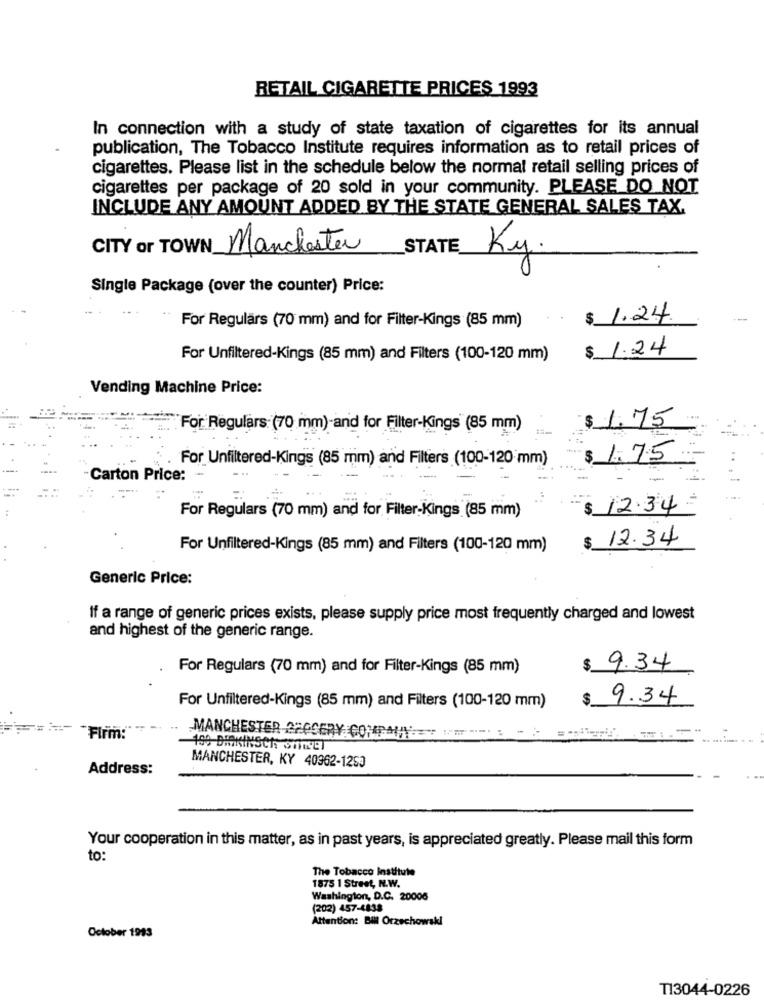
RETAIL CIGARETTE PRICES 1993
In connection with a study of state taxation of cigarettes for its annual
publication, The Tobacco Institute requires information as to retail prices of
cigarettes. Please list in the schedule below the normal retail selling prices of
cigarettes per package of 20 sold in your community. PLEASE DO NOT
INCLUDE ANY AMOUNT ADDED BY THE STATE GENERAL SALES TAX.
CITY or TOWN Manchester
STATE
Ky.
Single Package (over the counter) Price:
For Regulärs (70 mm) and for Filter-Kings (85 mm)
$ 1.24.
$ 1.24
For Unfiltered-Kings (85 mm) and Filters (100-120 mm)
Vending Machine Price:
For Regulars: (70 mm)-and for Filter-Kings (85 mm)
1.75
For Unfiltered-Kings (85 mm) and Filters (100-120 mm)
$ 1.75
Carton Price:
-
---
$ 12.34
For Regulars (70 mm) and for Filter-Kings (85 mm)
12.34
For Unfiltered-Kings (85 mm) and Filters (100-120 mm)
$
Generic Price:
If a range of generic prices exists, please supply price most frequently charged and lowest
and highest of the generic range.
For Regulars (70 mm) and for Filter-Kings (85 mm)
$ 9.34
$
9.34
For Unfiltered-Kings (85 mm) and Filters (100-120 mm)
"Firm:
MANCHESTER GROCERY CONPAM == =-- : -
-199 BIKINSCH STREET
Address:
MANCHESTER, KY 40362-1253
Your cooperation in this matter, as in past years, is appreciated greatly. Please mail this form
to:
The Tobacco Institute
1875 1 Street, N.W.
Washington, D.C. 20006
(202) 457-4838
Attention: Bill Orzechowski
October 1993
T13044-0226